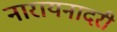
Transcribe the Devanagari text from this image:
नारायनादरी